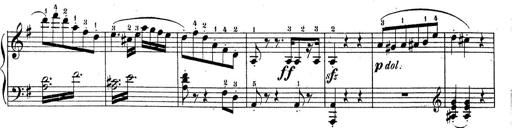
Title: Piano Sonatine No.2
Composer: Peter Piel
Key: G major